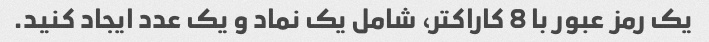
یک رمز عبور با 8 کاراکتر، شامل یک نماد و یک عدد ایجاد کنید.